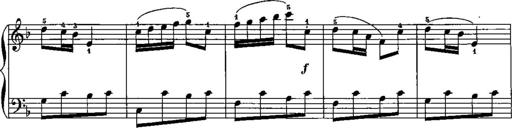
Title: Trois sonatines
Composer: Maurice Emmanuel